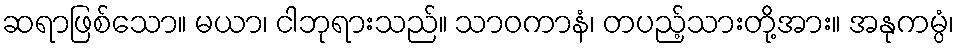
ဆရာဖြစ်သော။ မယာ၊ ငါဘုရားသည်။ သာဝကာနံ၊ တပည့်သားတို့အား။ အနုကမ္ပံ၊